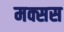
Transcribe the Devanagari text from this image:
मक्सस